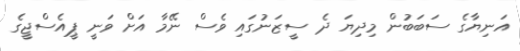
އަނިޔާގެ ސަބަބުން މިދިޔަ ދެ ސީޒަނުގައި ވެސް ނޭމާ އަށް ވަނީ ޕީއެސްޖީގެ